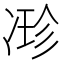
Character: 𠗰